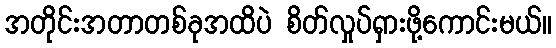
အတိုင်းအတာတစ်ခုအထိပဲ စိတ်လှုပ်ရှားဖို့ကောင်းမယ်။